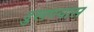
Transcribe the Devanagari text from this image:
दुखण्यास